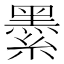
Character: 𦅔